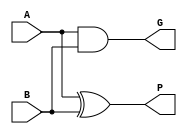
module propagate_generate(A,B,P,G);
    parameter N = 2;
    input [N-1 :0] A,B;
    output [N-1 :0]P,G;

    assign P = A^B;
    assign G = A&B;

endmodule